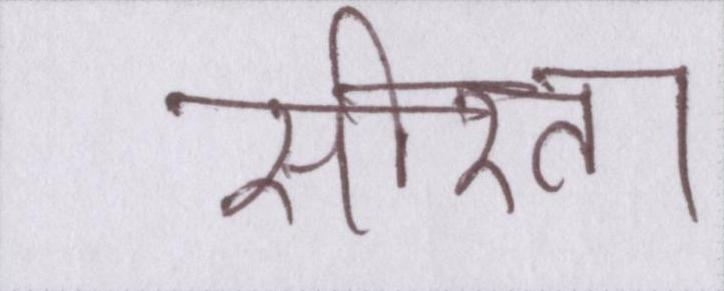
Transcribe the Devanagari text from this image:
सरिता